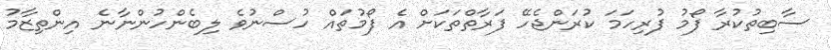
ސާބިތުކުރާ ފޯމު ފުރިހަމަ ކުރަންޖެހޭ ފަރާތްތަކަށް އެ ފޯމުތައް ހުސްނުވެ ލިބެންހުންނާނެ އިންތިޒާމު